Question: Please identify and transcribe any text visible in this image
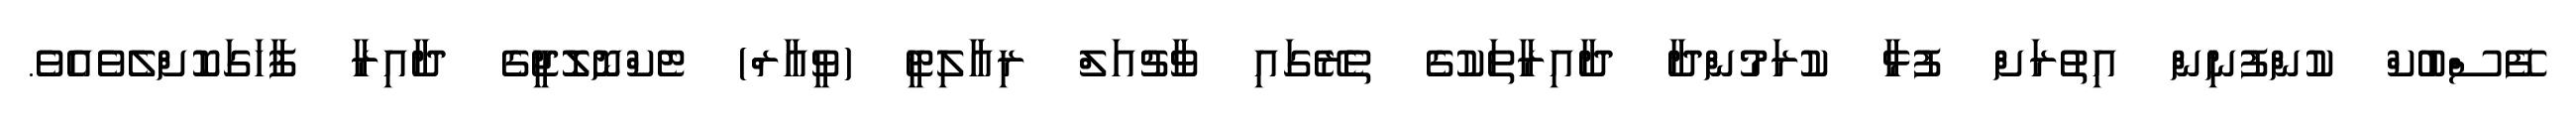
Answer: ފޭސްބުކް ކުންފުނިން އިތުރަށް ފުޅާ ކުރަމުންދާ ދާއިރާތަކުގެ ތެރޭގައި ވާޗުއަލް ރިއާލިޓީ (ވީއާރް) ޓެކްނޮލޮޖީގެ ދާއިރާ ފާހަގަކޮށްލެވެއެވެ.